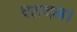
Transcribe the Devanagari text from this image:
दलदल।